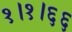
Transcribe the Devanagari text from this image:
१।१।६६